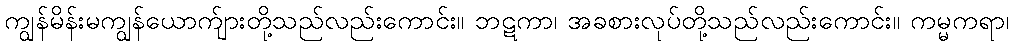
ကျွန်မိန်းမကျွန်ယောက်ျားတို့သည်လည်းကောင်း။ ဘဋကာ၊ အခစားလုပ်တို့သည်လည်းကောင်း။ ကမ္မကရာ၊